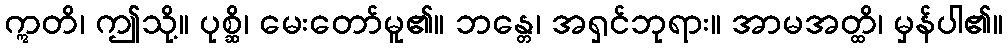
ဣတိ၊ ဤသို့။ ပုစ္ဆိ၊ မေးတော်မူ၏။ ဘန္တေ၊ အရှင်ဘုရား။ အာမအတ္ထိ၊ မှန်ပါ၏။